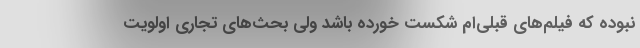
نبوده که فیلم‌های قبلی‌ام شکست خورده باشد ولی بحث‌های تجاری اولویت